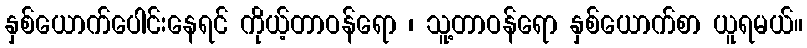
နှစ်ယောက်ပေါင်းနေရင် ကိုယ့်တာဝန်ရော ၊ သူ့တာဝန်ရော နှစ်ယောက်စာ ယူရမယ်။